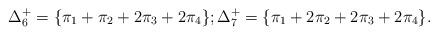
LaTeX: \begin{align*}\Delta^+_6=\{ \pi_1+\pi_2+2\pi_3+2\pi_4\};\Delta^+_7=\{ \pi_1+2\pi_2+2\pi_3+2\pi_4\}.\end{align*}